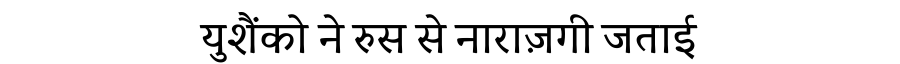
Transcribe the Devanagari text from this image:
युशैंको ने रुस से नाराज़गी जताई